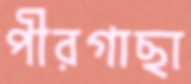
পীরগাছা